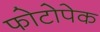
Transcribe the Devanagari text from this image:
फोटोपेक